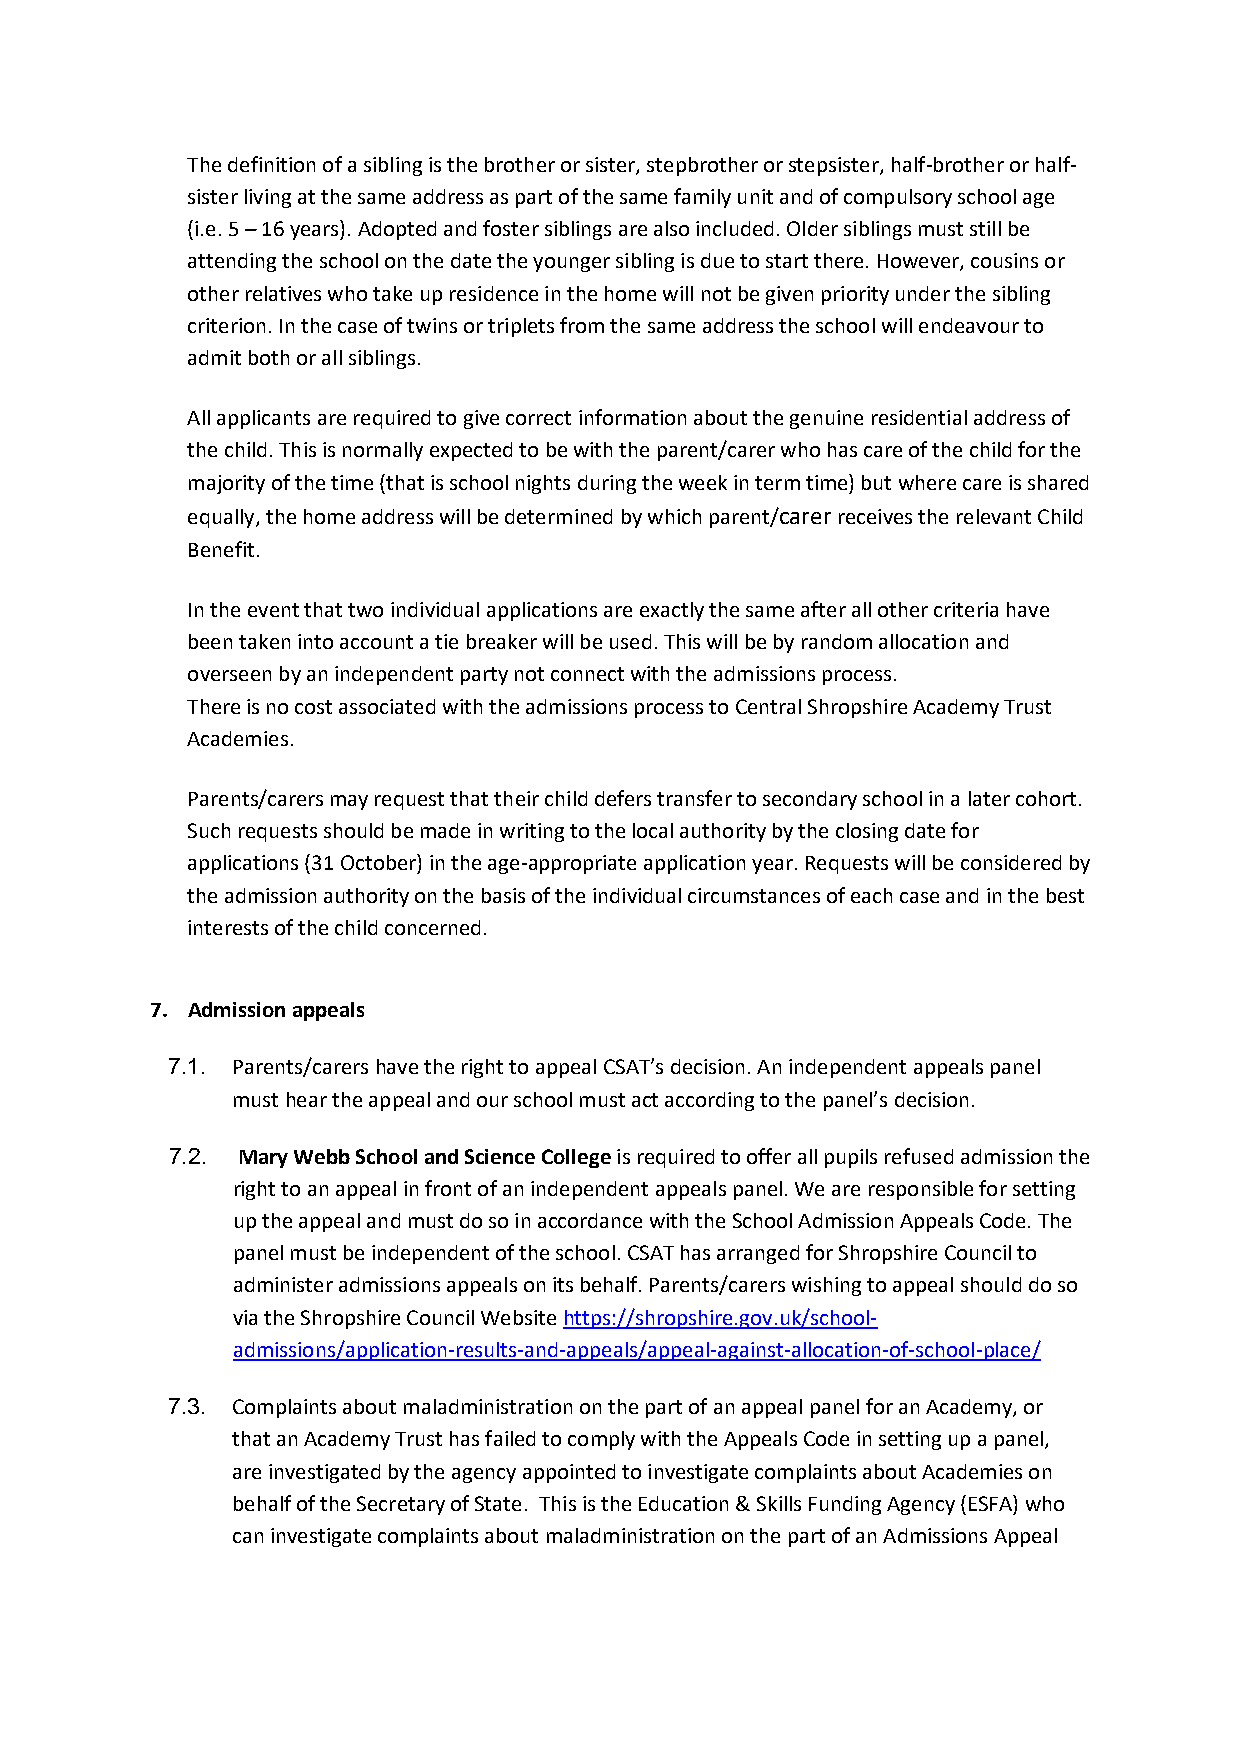
The definition of a sibling is the brother or sister, stepbrother or stepsister, half-brother or half-
 sister living at the same address as part of the same family unit and of compulsory school age
 (i.e. 5 – 16 years). Adopted and foster siblings are also included. Older siblings must still be
 attending the school on the date the younger sibling is due to start there. However, cousins or
 other relatives who take up residence in the home will not be given priority under the sibling
 criterion. In the case of twins or triplets from the same address the school will endeavour to
 admit both or all siblings.
 All applicants are required to give correct information about the genuine residential address of
 the child. This is normally expected to be with the parent/carer who has care of the child for the
 majority of the time (that is school nights during the week in term time) but where care is shared
 equally, the home address will be determined by which parent/carer receives the relevant Child
 Benefit.
 In the event that two individual applications are exactly the same after all other criteria have
 been taken into account a tie breaker will be used. This will be by random allocation and
 overseen by an independent party not connect with the admissions process.
 There is no cost associated with the admissions process to Central Shropshire Academy Trust
 Academies.
 Parents/carers may request that their child defers transfer to secondary school in a later cohort.
 Such requests should be made in writing to the local authority by the closing date for
 applications (31 October) in the age-appropriate application year. Requests will be considered by
 the admission authority on the basis of the individual circumstances of each case and in the best
 interests of the child concerned.
 7. Admission appeals
 7.1. Parents/carers have the right to appeal CSAT’s decision. An independent appeals panel
 must hear the appeal and our school must act according to the panel’s decision.
 7.2. Mary Webb School and Science College is required to offer all pupils refused admission the
 right to an appeal in front of an independent appeals panel. We are responsible for setting
 up the appeal and must do so in accordance with the School Admission Appeals Code. The
 panel must be independent of the school. CSAT has arranged for Shropshire Council to
 administer admissions appeals on its behalf. Parents/carers wishing to appeal should do so
 via the Shropshire Council Website https://shropshire.gov.uk/school-
 admissions/application-results-and-appeals/appeal-against-allocation-of-school-place/
 7.3. Complaints about maladministration on the part of an appeal panel for an Academy, or
 that an Academy Trust has failed to comply with the Appeals Code in setting up a panel,
 are investigated by the agency appointed to investigate complaints about Academies on
 behalf of the Secretary of State. This is the Education & Skills Funding Agency (ESFA) who
 can investigate complaints about maladministration on the part of an Admissions Appeal